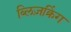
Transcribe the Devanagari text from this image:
ब्लिज़क्रिंग